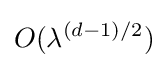
O(\lambda ^{(d-1)/2})